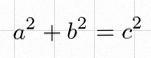
a^2+b^2=c^2